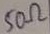
Text: 50Ω